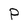
Character: P